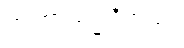
တဏှာသမ္မုဒိတဿ